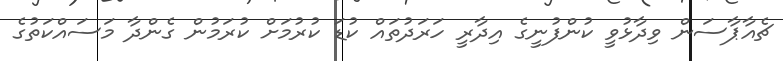
ޗެއާޕާސަން ވިދާޅުވީ ކުންފުނީގެ އިދާރީ ހަރަދުތައް ކުޑަ ކުރުމަށް ކުރަމުން ގެންދާ މަސައްކަތުގެ